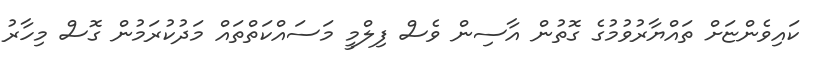
ކައިވެންޏަށް ތައްޔާރުވުމުގެ ގޮތުން އާސިން ވެސް ފިލްމީ މަސައްކަތްތައް މަދުކުރަމުން ގޮސް މިހާރު